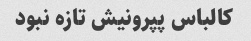
کالباس پپرونیش تازه نبود